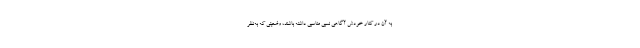
به آن در کنار خودش آگاهی نسبی مناسبی داشته باشند، وضعیتی که به‌نظر